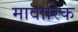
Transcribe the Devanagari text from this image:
मावारिक